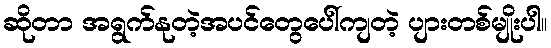
ဆိုတာ အရွက်နုတဲ့အပင်တွေပေါ်ကျတဲ့ ပျားတစ်မျိုးပါ။